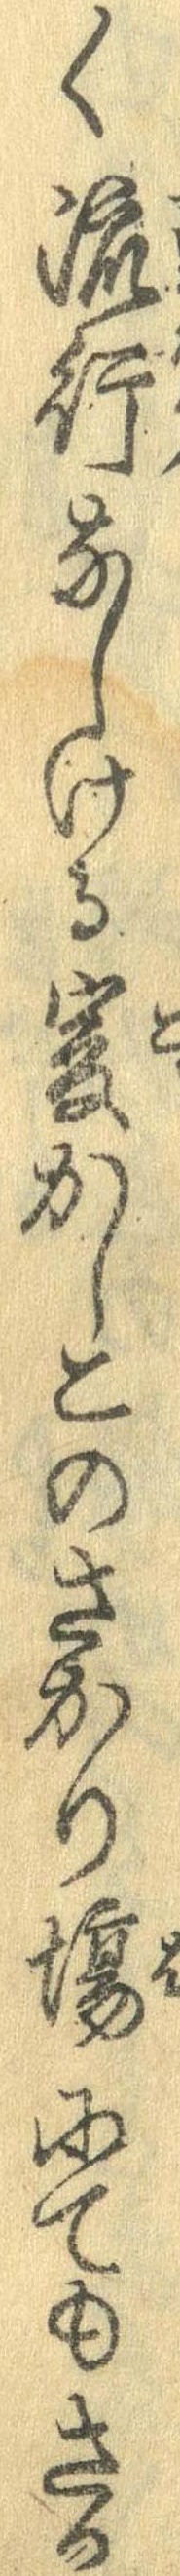
く流行なしける爰かしこのさかり場にてもさか